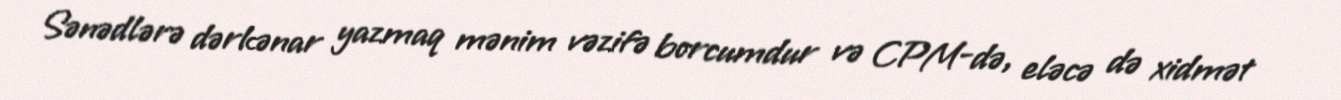
Sənədlərə dərkənar yazmaq mənim vəzifə borcumdur və CPM-də, eləcə də xidmət